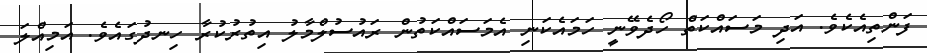
ފަންތިއެކެވެ. އަދި މަސައްކަތް ހޯދެވޭނީ ހަމައެކަނި އެމަސައްކަތުން ރައުސުލްމާލު އިތުރުކުރާ ހިނދުގައެވެ. އަމިއްލަ